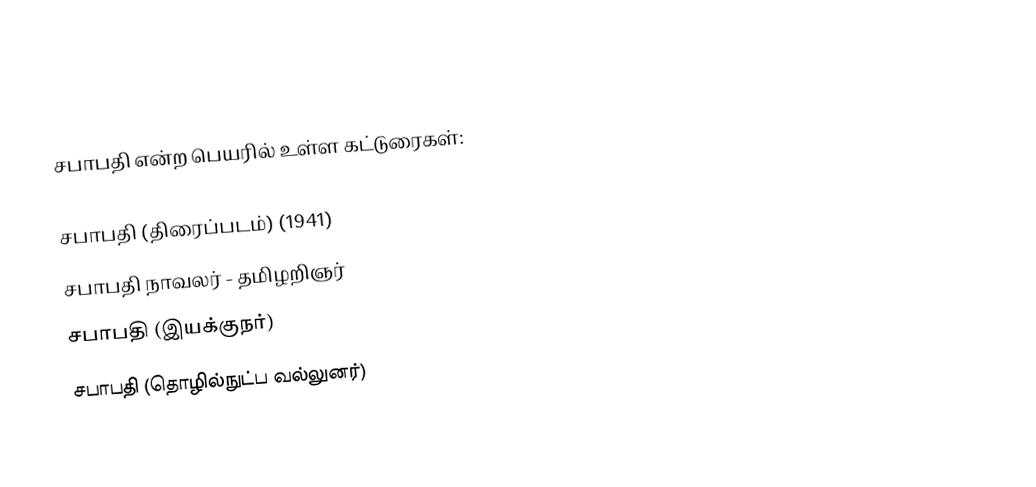
சபாபதி என்ற பெயரில் உள்ள கட்டுரைகள்:

சபாபதி (திரைப்படம்) (1941)
சபாபதி நாவலர் - தமிழறிஞர்
சபாபதி (இயக்குநர்)
சபாபதி (தொழில்நுட்ப வல்லுனர்)